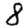
Digit: 8